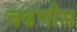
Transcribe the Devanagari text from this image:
चढणीस